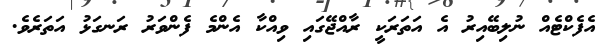
އެފެކްޓެއް ނުލިބޭއިރު އެ އަތަރަކީ ރާއްޖޭގައި ވިއްކާ އެންމެ ފެންވަރު ރަނގަޅު އަތަރެވެ.